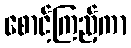
စောင့်ကြည့်ကာ